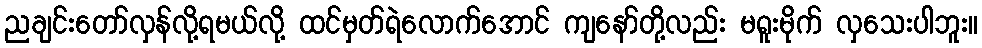
ညချင်းတော်လှန်လို့ရမယ်လို့ ထင်မှတ်ရဲလောက်အောင် ကျနော်တို့လည်း မရူးမိုက် လှသေးပါဘူး။